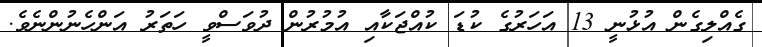
ގެއްލިގެން އުޅުނީ 13 އަހަރުގެ ކުޑަ ކުއްޖަކާއި އުމުރުން ދުވަސްވީ ހަތަރު އަންހެނުންނެވެ.